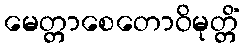
မေတ္တာစေတောဝိမုတ္တိံ